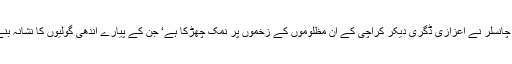
وائس چانسلر نے اعزازی ڈگری دیکر کراچی کے ان مظلوموں کے زخموں پر نمک چھڑکا ہے‘ جن کے پیارے اندھی گولیوں کا نشانہ بنے ہیں۔